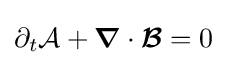
\partial _{t}{\mathcal {A}}+{\boldsymbol {\nabla }}\cdot {\boldsymbol {\mathcal {B}}}=0